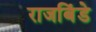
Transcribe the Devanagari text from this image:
राजबिंडे